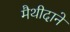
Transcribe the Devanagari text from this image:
मैथीदाने